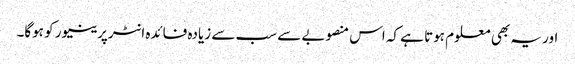
اور یہ بھی معلوم ہوتا ہے کہ اس منصوبے سے سب سے زیادہ فائدہ انٹرپرینیور کو ہوگا۔